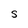
Character: S